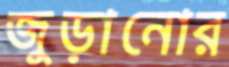
জুড়ানোর